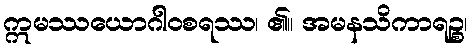
ဣမဿယောဂါဝစရဿ၊ ၏။ အမနသိကာရဉ္စ၊